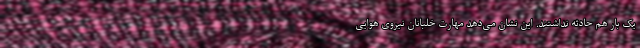
یک بار هم حادثه نداشتند. این نشان می‌دهد مهارت خلبانان نیروی هوایی